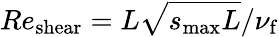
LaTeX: Re_{\mathrm{shear}}=L\sqrt{s_{\mathrm{max}}L}/\nu_{\mathrm{f}}